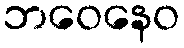
ဘဝေနေဝ